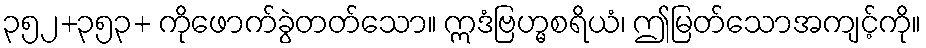
၃၅၂+၃၅၃+ ကိုဖောက်ခွဲတတ်သော။ ဣဒံဗြဟ္မစရိယံ၊ ဤမြတ်သောအကျင့်ကို။